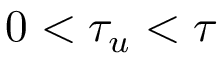
0 < \tau _ { u } < \tau